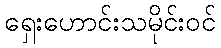
ရှေးဟောင်းသမိုင်းဝင်